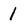
Character: 1